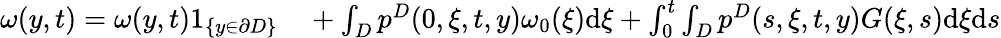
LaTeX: \begin{array}{rl}{\omega(y,t)=\omega(y,t)1_{\{ y\in\partial D\} }}&{{}+\int_{D}p^{D}(0,\xi,t,y)\omega_{0}(\xi)\textrm{d}\xi+\int_{0}^{t}\int_{D}p^{D}(s,\xi,t,y)G(\xi,s)\textrm{d}\xi\textrm{d}s}\end{array}